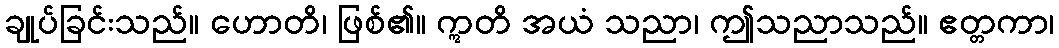
ချုပ်ခြင်းသည်။ ဟောတိ၊ ဖြစ်၏။ ဣတိ အယံ သညာ၊ ဤသညာသည်။ ဧတ္တကာ၊